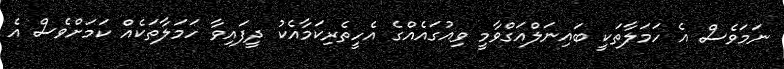
ނަމަވެސް އެ ހަމަލާތަކީ ބައިނަލްއަގްވާމީ ވިއުގައެއްގެ އެހީތެރިކަމާއެކު ދީފައިވާ ހަމަލާތަކެއް ކަމަށްވެސް އެ